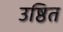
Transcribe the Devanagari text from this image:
उष्ठित